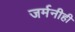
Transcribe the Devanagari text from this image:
जर्मनीही